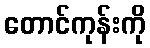
တောင်ကုန်းကို